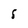
Character: 5